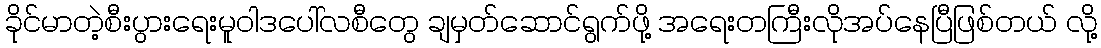
ခိုင်မာတဲ့စီးပွားရေးမူဝါဒပေါ်လစီတွေ ချမှတ်ဆောင်ရွက်ဖို့ အရေးတကြီးလိုအပ်နေပြီဖြစ်တယ် လို့